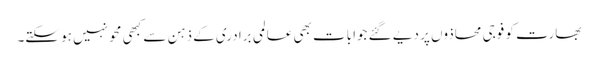
بھارت کو فوجی محاذوں پر دیے گئے جوابات بھی عالمی برادری کے ذہن سے کبھی محو نہیں ہو سکتے۔